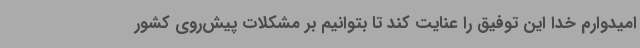
امیدوارم خدا این توفیق را عنایت کند تا بتوانیم بر مشکلات پیش‌روی کشور